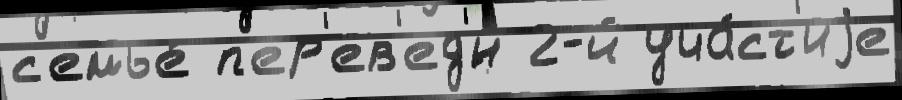
с'емье́ п'ер'ев'ед'́н 2-й уча́ст'иjе